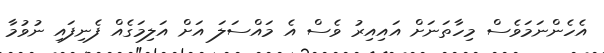
އެހެންނަމަވެސް މިހާތަނަށް އައިއިރު ވެސް އެ މައްސަލަ އަށް އަލިމަގެއް ފެނިފައި ނުވުމާ